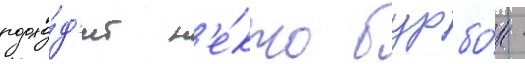
подхо́д'ит н'е́кто бурбо́н -